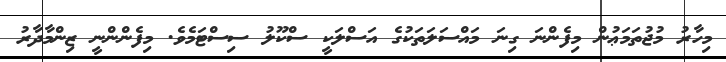
މިހާރު މުޖުތަމަޢުން މިފެންނަ ގިނަ މައްސަލަތަކުގެ އަސްލަކީ ސްކޫލު ސިސްޓަމެވެ. މިފެންންނީ ޒިންމާދާރު